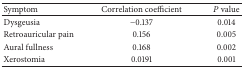
<table><thead><tr><td><b>Symptom</b></td><td><b>Correlation coefficient</b></td><td><b><i>P</i> value</b></td></tr></thead><tbody><tr><td>Dysgeusia</td><td>−0.137</td><td>0.014</td></tr><tr><td>Retroauricular pain</td><td>0.156</td><td>0.005</td></tr><tr><td>Aural fullness</td><td>0.168</td><td>0.002</td></tr><tr><td>Xerostomia</td><td>0.0191</td><td>0.001</td></tr></tbody></table>